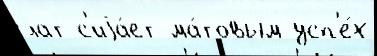
лат с'иjа́ет ма́товым усп'е́х